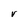
Character: V